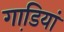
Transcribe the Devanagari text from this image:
गाडि़यां